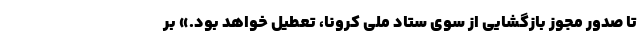
تا صدور مجوز بازگشایی از سوی ستاد ملی کرونا، تعطیل خواهد بود.‌» بر